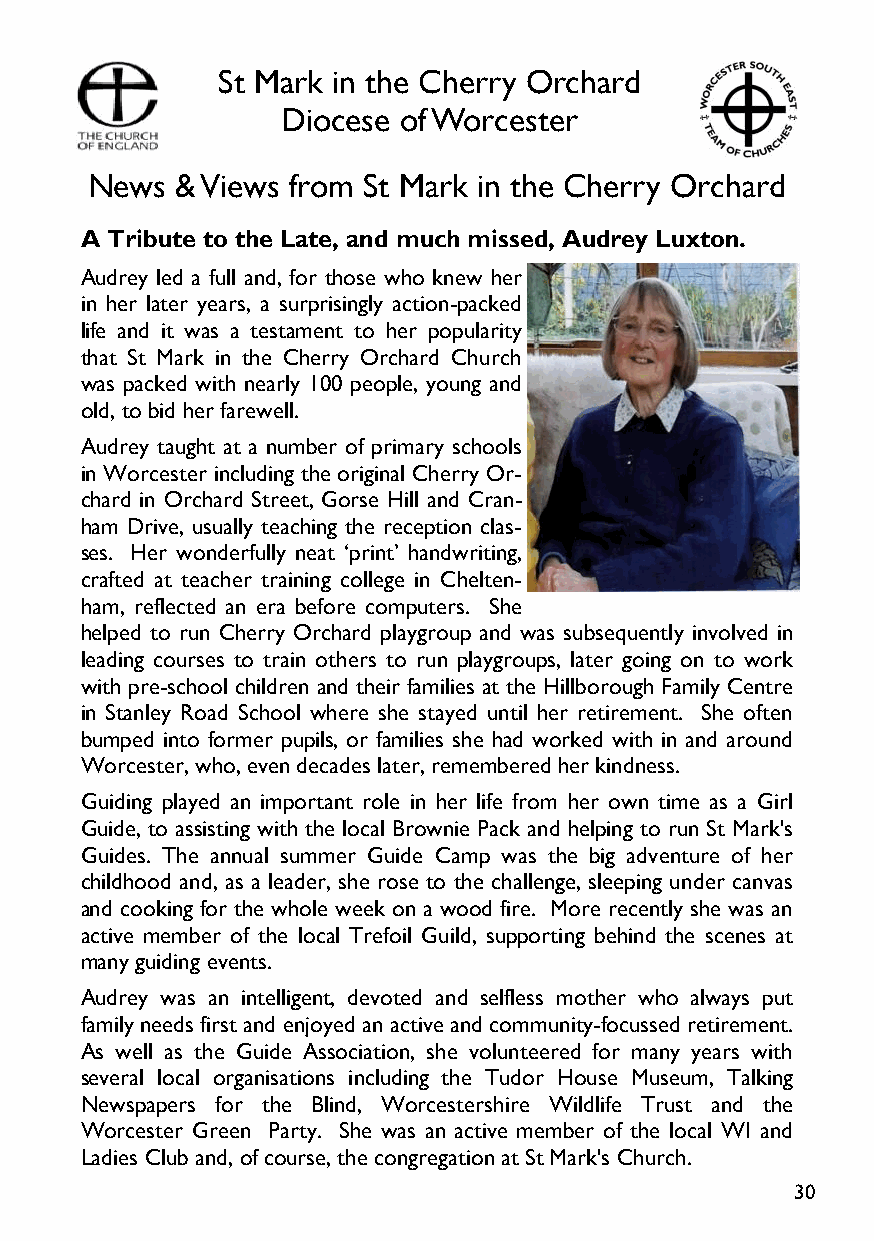
St Mark in the Cherry Orchard
 Diocese of Worcester
 News  & Views from St Mark in the Cherry Orchard
 A Tribute to the Late, and much missed, Audrey Luxton.
 Audrey led a full and, for those who knew her
 in her later years, a surprisingly action-packed
 life and it was a testament to her popularity
 that St Mark in the Cherry Orchard Church
 was packed with nearly 100 people, young and
 old, to bid her farewell.
 Audrey taught at a number of primary schools
 in Worcester including the original Cherry Or-
 chard in Orchard Street, Gorse Hill and Cran-
 ham Drive, usually teaching the reception clas-
 ses. Her wonderfully neat ‘print’ handwriting,
 crafted at teacher training college in Chelten-
 ham, reflected an era before computers. She
 helped to run Cherry Orchard playgroup and was subsequently involved in
 leading courses to train others to run playgroups, later going on to work
 with pre-school children and their families at the Hillborough Family Centre
 in Stanley Road School where she stayed until her retirement. She often
 bumped into former pupils, or families she had worked with in and around
 Worcester, who, even decades later, remembered her kindness.
 Guiding played an important role in her life from her own time as a Girl
 Guide, to assisting with the local Brownie Pack and helping to run St Mark's
 Guides. The annual summer Guide Camp was the big adventure of her
 childhood and, as a leader, she rose to the challenge, sleeping under canvas
 and cooking for the whole week on a wood fire. More recently she was an
 active member of the local Trefoil Guild, supporting behind the scenes at
 many guiding events.
 Audrey was an intelligent, devoted and selfless mother who always put
 family needs first and enjoyed an active and community-focussed retirement.
 As well as the Guide Association, she volunteered for many years with
 several local organisations including the Tudor House Museum, Talking
 Newspapers for the Blind, Worcestershire Wildlife Trust and the
 Worcester Green Party. She was an active member of the local WI and
 Ladies Club and, of course, the congregation at St Mark's Church.
 30